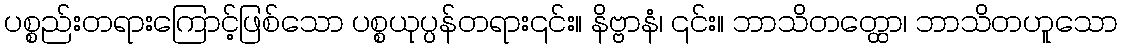
ပစ္စည်းတရားကြောင့်ဖြစ်သော ပစ္စယုပ္ပန်တရား၎င်း။ နိဗ္ဗာနံ၊ ၎င်း။ ဘာသိတတ္ထော၊ ဘာသိတဟူသော